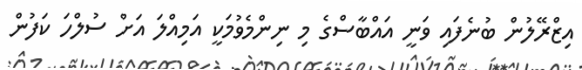
އިޒްރޭލުން ބުނެފައި ވަނީ އައްބާސްގެ މި ނިންމެވުމަކީ އަމިއްލަ އަށް ސުލްހަ ކަފުން